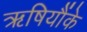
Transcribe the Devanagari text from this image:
ऋषियौंके